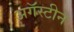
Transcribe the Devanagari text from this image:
अगॅस्टीन